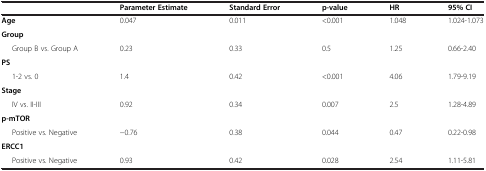
<table><thead><tr><td><b> </b></td><td><b>Parameter Estimate</b></td><td><b>Standard Error</b></td><td><b>p-value</b></td><td><b>HR</b></td><td><b>95% CI</b></td></tr></thead><tbody><tr><td><b>Age</b></td><td>0.047</td><td>0.011</td><td>&lt;0.001</td><td>1.048</td><td>1.024-1.073</td></tr><tr><td><b>Group</b></td><td> </td><td> </td><td> </td><td> </td><td> </td></tr><tr><td>Group B vs. Group A</td><td>0.23</td><td>0.33</td><td>0.5</td><td>1.25</td><td>0.66-2.40</td></tr><tr><td><b>PS</b></td><td> </td><td> </td><td> </td><td> </td><td> </td></tr><tr><td>1-2 vs. 0</td><td>1.4</td><td>0.42</td><td>&lt;0.001</td><td>4.06</td><td>1.79-9.19</td></tr><tr><td><b>Stage</b></td><td> </td><td> </td><td> </td><td> </td><td> </td></tr><tr><td>IV vs. II-III</td><td>0.92</td><td>0.34</td><td>0.007</td><td>2.5</td><td>1.28-4.89</td></tr><tr><td><b>p-mTOR</b></td><td> </td><td> </td><td> </td><td> </td><td> </td></tr><tr><td>Positive vs. Negative</td><td>−0.76</td><td>0.38</td><td>0.044</td><td>0.47</td><td>0.22-0.98</td></tr><tr><td><b>ERCC1</b></td><td> </td><td> </td><td> </td><td> </td><td> </td></tr><tr><td>Positive vs. Negative</td><td>0.93</td><td>0.42</td><td>0.028</td><td>2.54</td><td>1.11-5.81</td></tr></tbody></table>